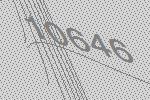
10646